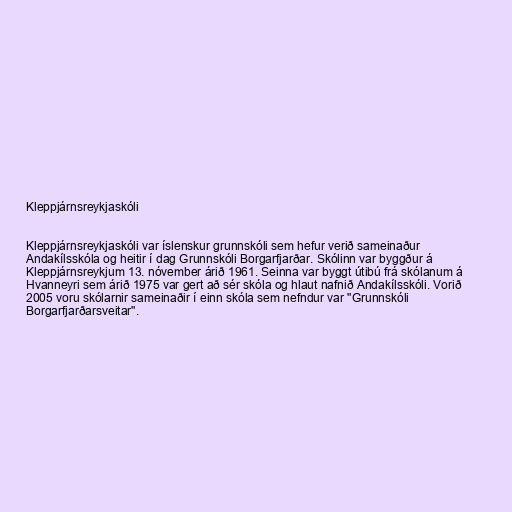
Kleppjárnsreykjaskóli

Kleppjárnsreykjaskóli var íslenskur grunnskóli sem hefur verið sameinaður
Andakílsskóla og heitir í dag Grunnskóli Borgarfjarðar. Skólinn var byggður á
Kleppjárnsreykjum 13. nóvember árið 1961. Seinna var byggt útibú frá skólanum á
Hvanneyri sem árið 1975 var gert að sér skóla og hlaut nafnið Andakílsskóli. Vorið
2005 voru skólarnir sameinaðir í einn skóla sem nefndur var "Grunnskóli
Borgarfjarðarsveitar".